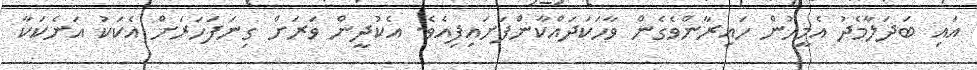
އައި ބަދަލާމެދު އެމީހުން ހައިރާންވެގެން ވާހަކަދައްކާންފަށައިފިއެވެ. އެކުދީން ވަރަށް ގިނަފަހަރަށް އެކަކު އަނެކަކާ